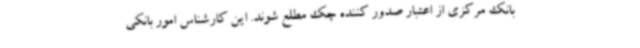
بانک مرکزی از اعتبار صدور کننده چک مطلع شوند. این کارشناس امور بانکی